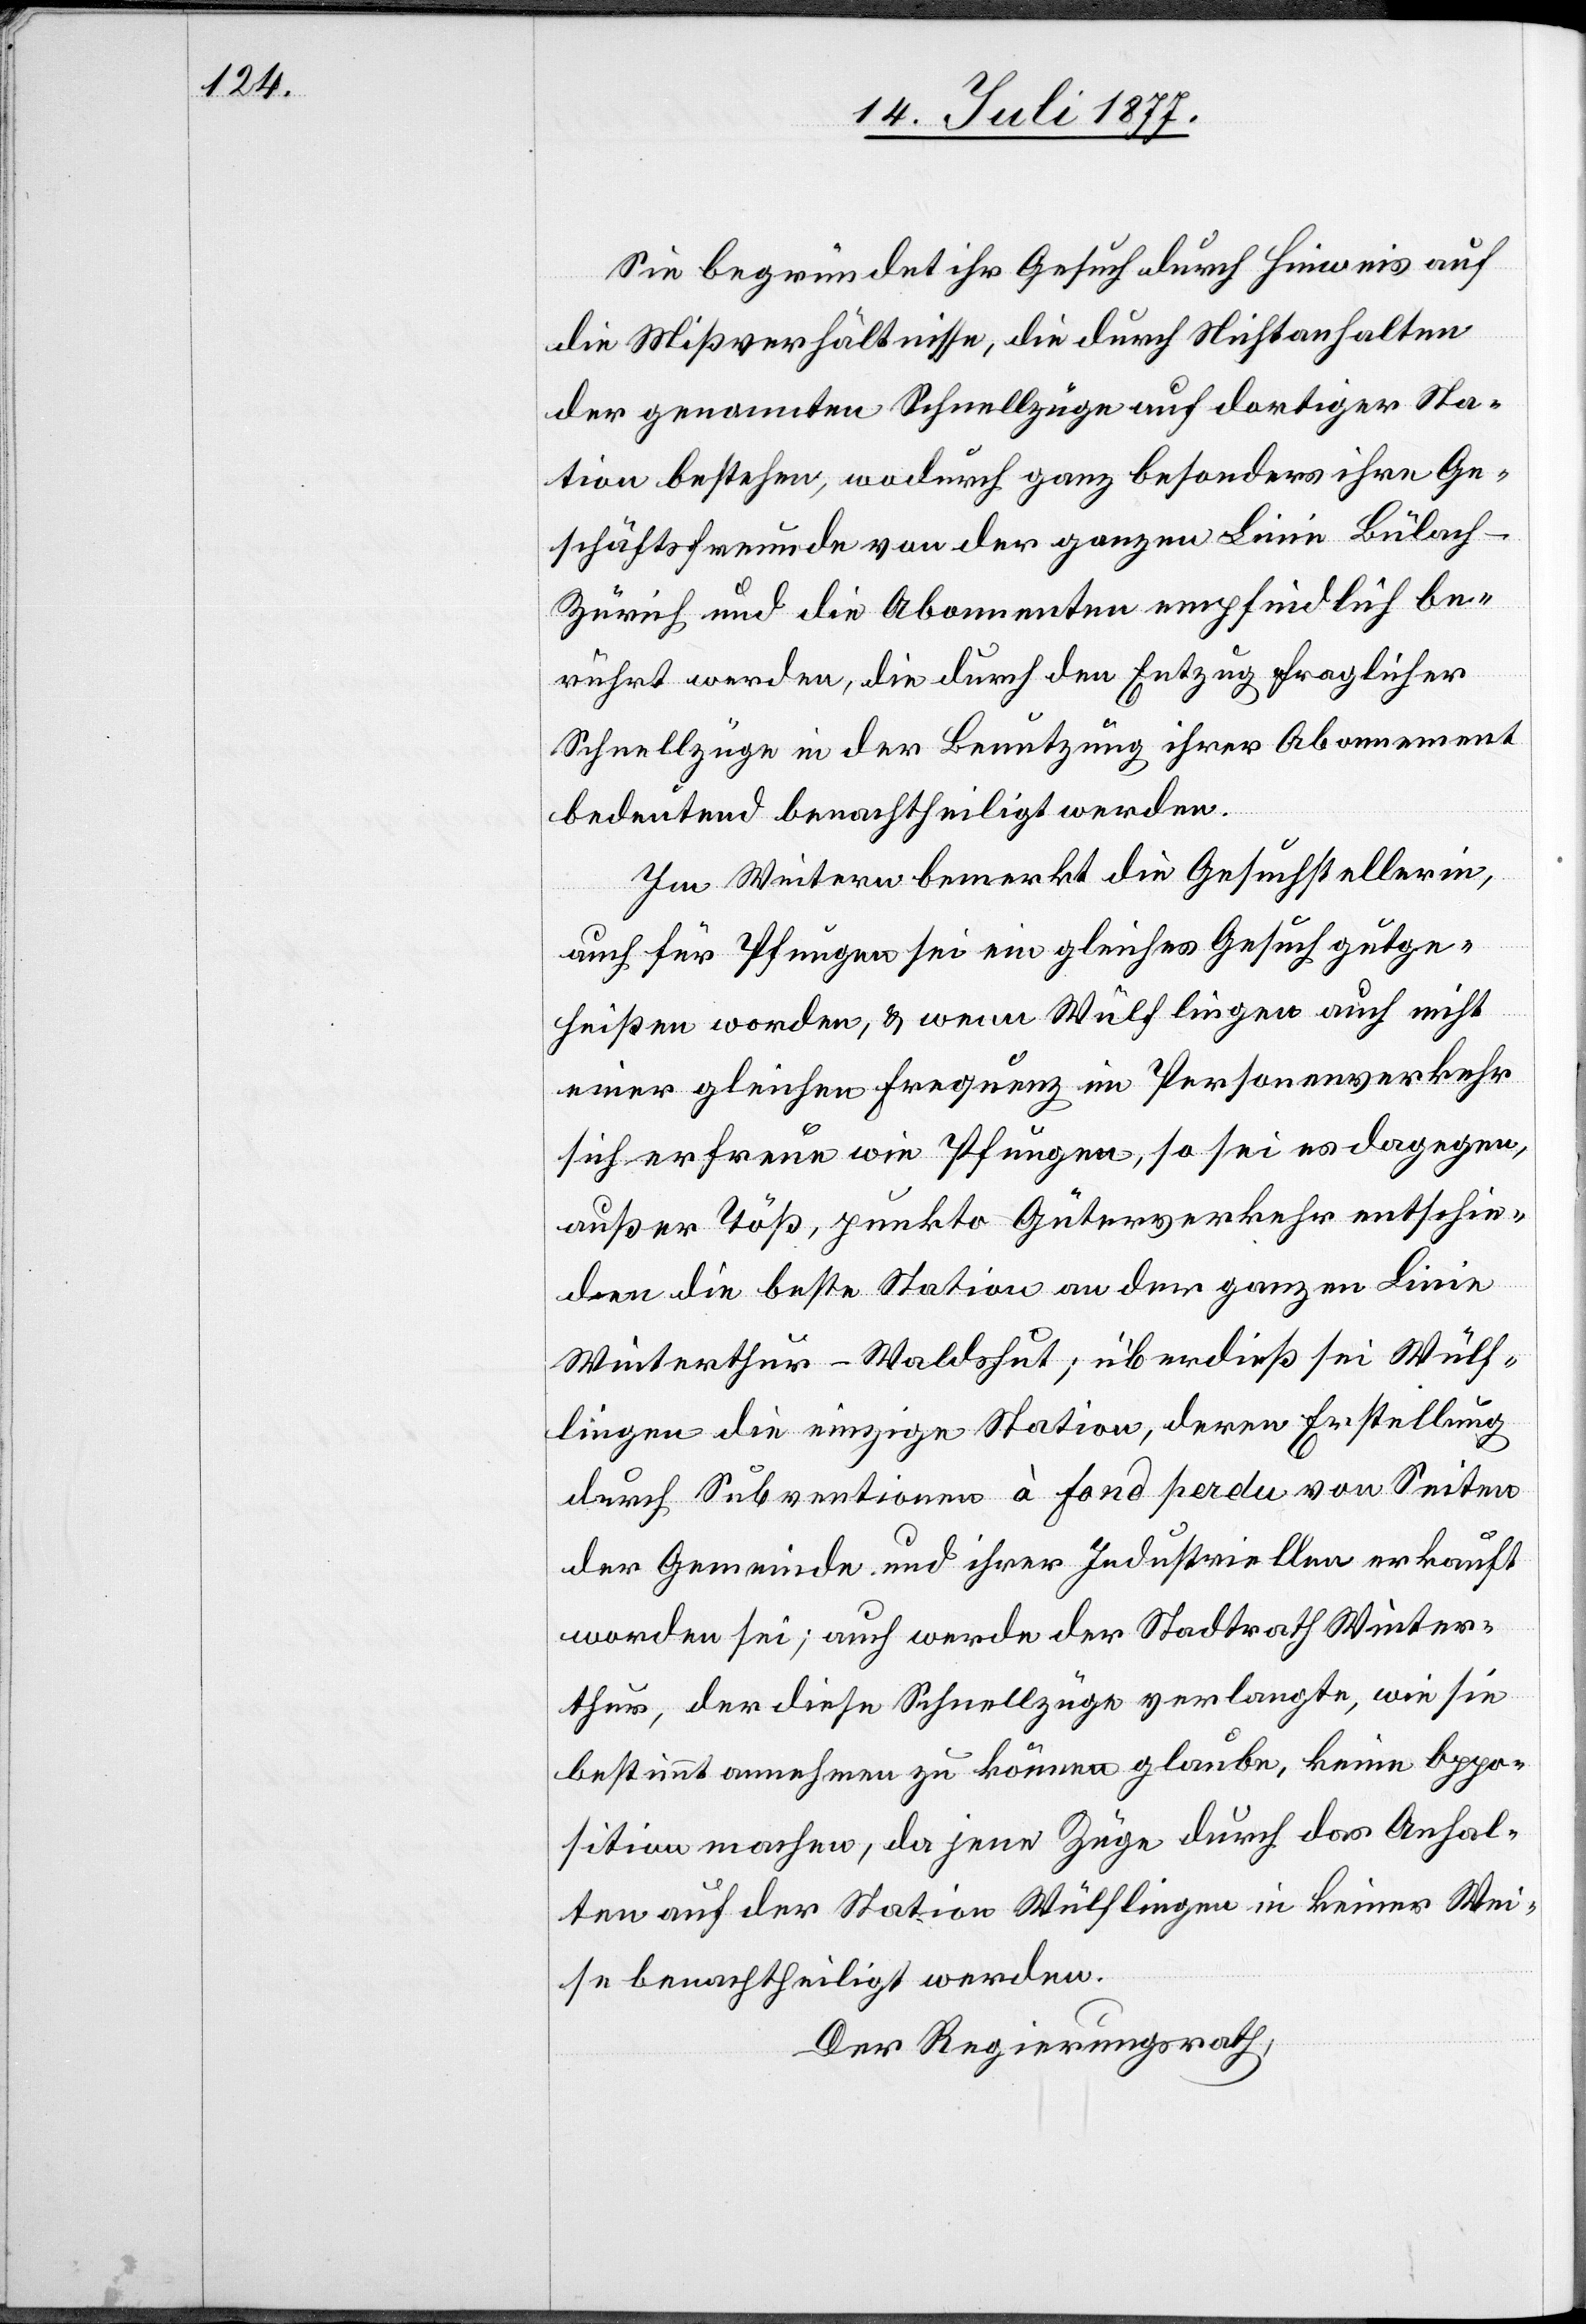
Sie begründet ihr Gesuch durch Hinweis auf
die Mißverhältnisse, die durch Nichtanhalten
der genannten Schnellzüge auf dortiger Sta¬
tion bestehen, wodurch ganz besonders ihre Ge¬
schäftsfreunde von der ganzen Linie Bülac¬
h–Zürich und die Abonnenten empfindlich be¬
rührt werden, die durch den Entzug fraglicher
Schnellzüge in der Benutzung ihrer Abonnement
bedeutend benachtheiligt werden.
Im Weitern bemerkt die Gesuchstellerin,
auch für Pfungen sei ein gleiches Gesuch gutge¬
heißen worden, & wenn Wülflingen auch nicht
einer gleichen Frequenz im Personenverkehr
sich erfreue wie Pfungen, so sei es dagegen,
außer Töß, punkto Güterverkehr entschie¬
den die beste Station an der ganzen Linie
Winterthur–Waldshut; überdieß sei Wülf¬
lingen die einzige Station, deren Erstellung
durch Subventionen à fond perdu von Seiten
der Gemeinde und ihrer Industriellen erkauft
worden sei; auch werde der Stadtrath Winter¬
thur, der diese Schnellzüge verlangte, wie sie
bestimmt annehmen zu können glaube, keine Oppo¬
sition machen, da jene Züge durch das Anhal¬
ten auf der Station Wülflingen in keiner Wei¬
se benachtheiligt werden.
Der Regierungsrath,